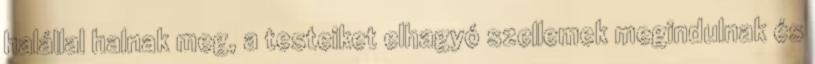
halállal halnak meg, a testeiket elhagyó szellemek megindulnak és